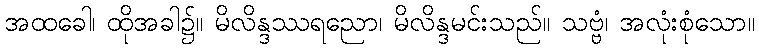
အထခေါ၊ ထိုအခါ၌။ မိလိန္ဒဿရညော၊ မိလိန္ဒမင်းသည်။ သဗ္ဗံ၊ အလုံးစုံသော။